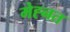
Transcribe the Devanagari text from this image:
मेह्नत